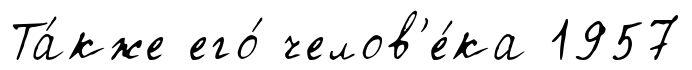
Та́кже его́ челов'е́ка 1957